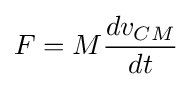
F=M{\frac {dv_{CM}}{dt}}